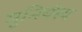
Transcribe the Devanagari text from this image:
मुनिर्यस्य